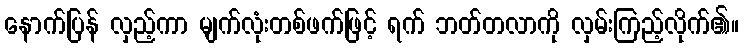
နောက်ပြန် လှည့်ကာ မျက်လုံးတစ်ဖက်ဖြင့် ရက် ဘတ်တလာကို လှမ်းကြည့်လိုက်၏။